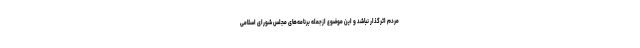
مردم اثرگذار نباشد و این موضوع ازجمله برنامه‌های مجلس شورای اسلامی